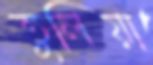
তুলিয়া